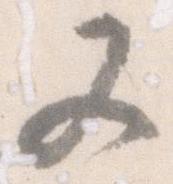
又